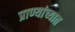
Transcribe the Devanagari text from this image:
प्राण्यांच्यात